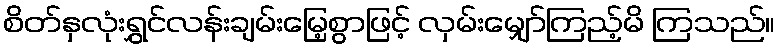
စိတ်နှလုံးရွှင်လန်းချမ်းမြေ့စွာဖြင့် လှမ်းမျှော်ကြည့်မိ ကြသည်။